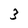
Character: 3